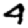
Digit: 4